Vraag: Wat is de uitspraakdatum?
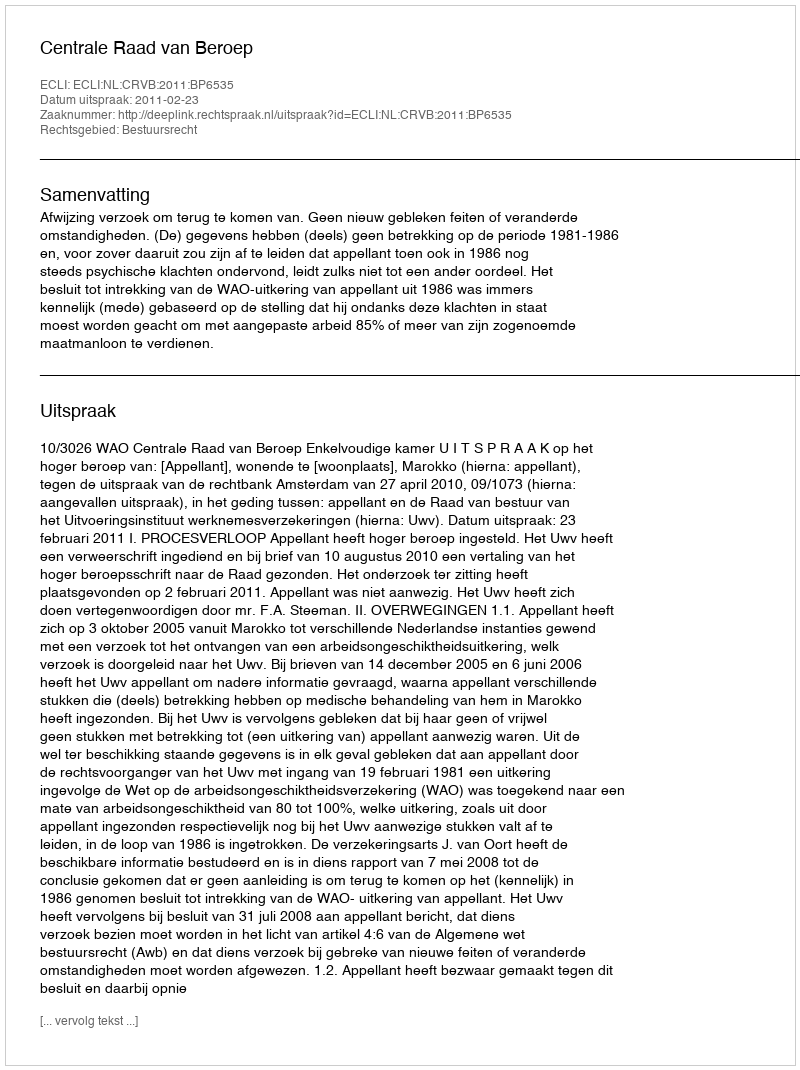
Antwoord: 2011-02-23